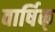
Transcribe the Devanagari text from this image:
वार्षिक्